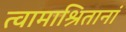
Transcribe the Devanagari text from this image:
त्वामाश्रितानां